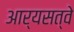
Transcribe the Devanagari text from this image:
आर्यसत्वे